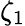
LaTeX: \zeta_{1}